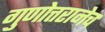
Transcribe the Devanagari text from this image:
गुणोत्तरानेच